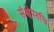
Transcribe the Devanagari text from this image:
संक्षेपरुचि